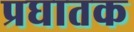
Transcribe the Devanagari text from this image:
प्रघातक